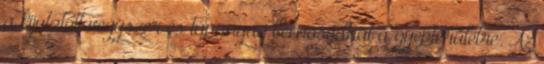
a kijutatott vegyszer és tápanyag bemosódhat a gyepterületre. Az